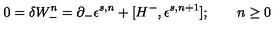
0 = \delta W _ { - } ^ { n } = \partial _ { - } \epsilon ^ { s , n } + [ H ^ { - } , \epsilon ^ { s , n + 1 } ] ; \qquad n \geq 0